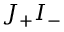
J _ { + } I _ { - }